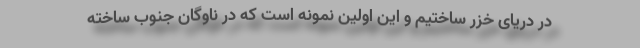
در دریای خزر ساختیم و این اولین نمونه است که در ناوگان جنوب ساخته